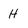
Character: H